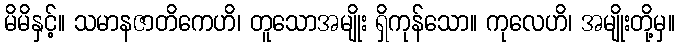
မိမိနှင့်။ သမာနဇာတိကေဟိ၊ တူသောအမျိုး ရှိကုန်သော။ ကုလေဟိ၊ အမျိုးတို့မှ။